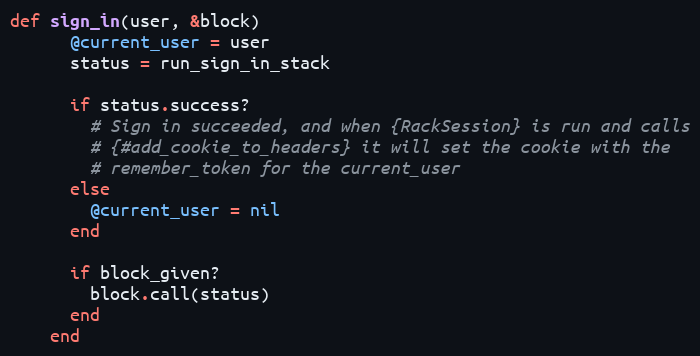
Language: Ruby
def sign_in(user, &block)
      @current_user = user
      status = run_sign_in_stack

      if status.success?
        # Sign in succeeded, and when {RackSession} is run and calls
        # {#add_cookie_to_headers} it will set the cookie with the
        # remember_token for the current_user
      else
        @current_user = nil
      end

      if block_given?
        block.call(status)
      end
    end